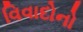
વિવાદોનો